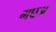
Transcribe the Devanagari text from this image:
गएअ